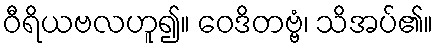
ဝီရိယဗလဟူ၍။ ဝေဒိတဗ္ဗံ၊ သိအပ်၏။